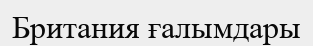
Британия ғалымдары